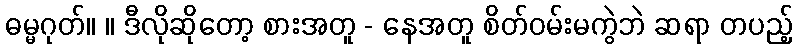
ဓမ္မဂုတ်။ ။ ဒီလိုဆိုတော့ စားအတူ - နေအတူ စိတ်ဝမ်းမကွဲဘဲ ဆရာ တပည့်